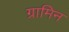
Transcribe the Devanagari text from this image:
ग्रामिन